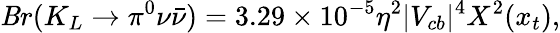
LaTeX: \mathit{B}r(K_{L}\to\pi^{0}\nu\bar{{\nu}})=3.29\times10^{-5}\eta^{2}|V_{cb}|^{4}X^{2}(x_{t}),